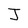
Character: J